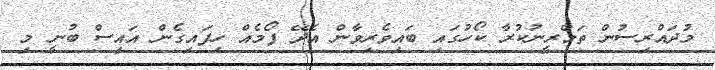
މުދައްރިސުން ތަމްރީނުކުރާ ކޯހުގައި ބައިވެރިވާން އެދޭ ފޯމެއް ހިފައިގެން އައިސް ބުނީ މި